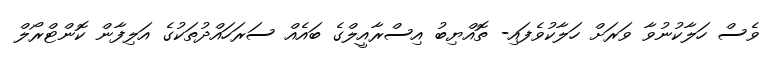
ވެސް ހަލާކުނުވާ ވަރަށް ހަލާކުވެފައި- ތޮއްޔިބު އިސްރާއީލްގެ ބައެއް ސަރަހައްދުތަކުގެ އަލިފާން ކޮންޓްރޯލް